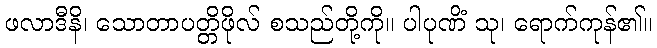
ဖလာဒီနိ၊ သောတာပတ္တိဖိုလ် စသည်တို့ကို။ ပါပုဏိံ သု၊ ရောက်ကုန်၏။